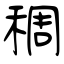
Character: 稠